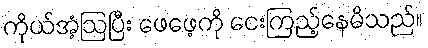
ကိုယ်အံ့ဩပြီး ဖေဖေ့ကို ငေးကြည့်နေမိသည်။